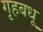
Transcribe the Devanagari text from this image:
गृहबधू